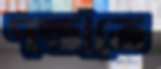
পস্তাতে